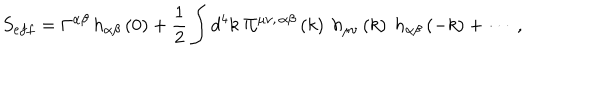
S _ { e f f } = \Gamma ^ { \alpha \beta } \, h _ { \alpha \beta } \left( 0 \right) + \frac 1 2 \int d ^ { 4 } k \ \Pi ^ { \mu \nu , \, \alpha \beta } \left( k \right) \ h _ { \mu \nu } \left( k \right) \ h _ { \alpha \beta } \left( - k \right) + \cdots \ ,